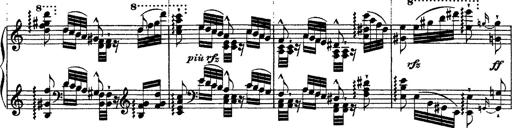
Title: Ã‰tudes d'exÃ©cution transcendante d'aprÃ¨s Paganini
Composer: Franz Liszt